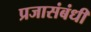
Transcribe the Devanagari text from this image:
प्रजासंबंधी